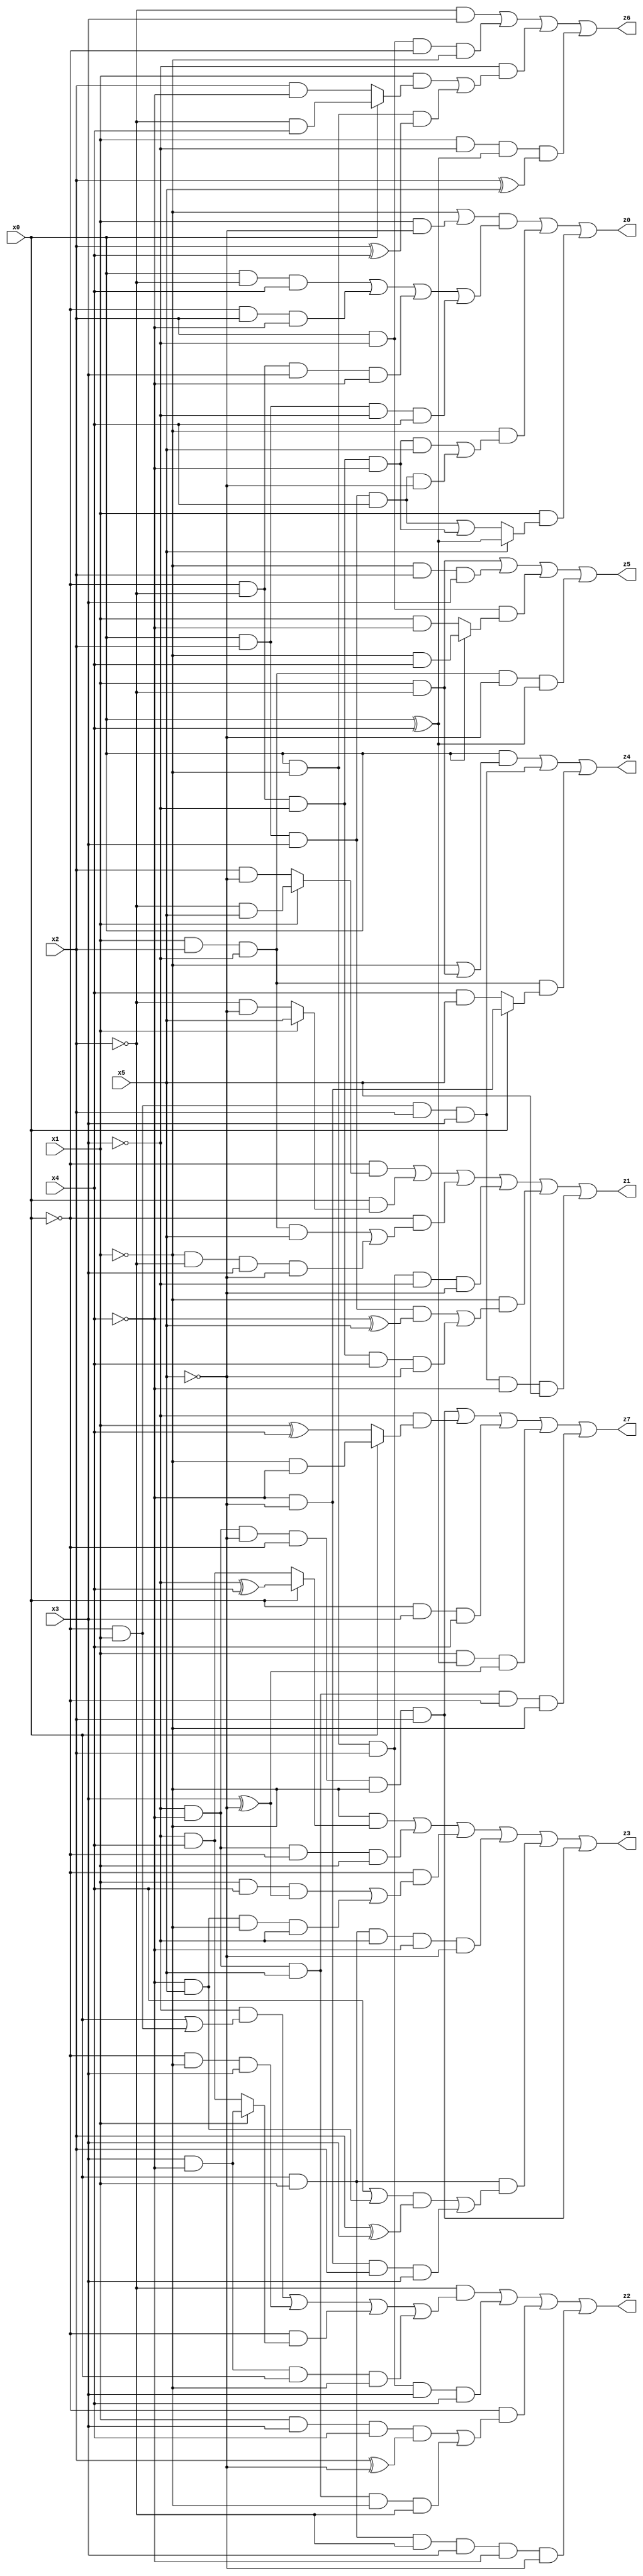
// Benchmark "X_4" written by ABC on Wed Jun 07 00:40:47 2023

module X_4 ( 
    x0, x1, x2, x3, x4, x5,
    z0, z1, z2, z3, z4, z5, z6, z7  );
  input  x0, x1, x2, x3, x4, x5;
  output z0, z1, z2, z3, z4, z5, z6, z7;
  assign z0 = ((~x1 | (x1 & ~x5)) & ((x0 & ~x2 & x4) | (~x0 & x2 & ~x4) | (~x0 & ~x2 & x3 & ~x4) | (x0 & x2 & ~x3 & x4))) | (~x1 & ((~x0 & ~x2 & ~x3 & ~x4 & x5) | (x0 & x2 & x3 & x4 & ~x5))) | (x1 & (x5 ? (x0 ^ x4) : ((x0 & x2 & x3 & x4) | (~x0 & ~x2 & ~x3 & ~x4))));
  assign z1 = (~x0 & (x1 ? (~x2 & x5) : (x2 & ~x5))) | (x0 & (x1 ? x5 : (~x2 & ~x5))) | (~x0 & ((x1 & x2 & ~x3 & x5) | (~x1 & ~x2 & x3 & ~x5))) | (x0 & ~x1 & x2 & ~x3 & ~x5) | (~x1 & ((x0 & x2 & x3 & (~x4 ^ x5)) | (~x0 & ~x2 & ~x3 & x4 & ~x5))) | (~x0 & x1 & x2 & x3 & ~x4 & x5);
  assign z2 = (~x2 & ((~x3 & (x0 | (~x0 & x1))) | (~x0 & ~x1 & x3) | (~x0 & (x1 ? (x3 & ~x4) : (~x3 & x4))) | (x3 & ~x4 & x0 & ~x1))) | (x0 & ~x1 & x2 & x3 & x4) | (~x0 & ((x1 & x3 & x4 & (x2 ^ ~x5)) | (~x3 & ~x4 & x5 & ~x1 & ~x2))) | (x0 & x1 & ~x2 & x3 & ~x4 & ~x5);
  assign z3 = (~x1 & (x0 ? (~x3 ^ x4) : (~x3 & x4))) | (~x3 & ~x4 & ~x0 & x1) | (~x0 & ((x1 & x4 & (x3 ^ ~x5)) | (~x4 & x5 & ~x1 & ~x3))) | (x0 & x1 & ~x3 & ~x4 & ~x5) | (x0 & x1 & (((x4 | (~x4 & x5)) & (x2 ^ x3)) | (~x4 & ~x5 & x2 & x3))) | (~x3 & ~x4 & ~x5 & ~x0 & ~x1 & x2);
  assign z4 = (x0 & (~x1 | (x1 & ~x2))) | (~x0 & x1 & x2 & x3) | (x1 & x2 & ~x3 & (x0 ? (~x4 & ~x5) : (x4 & x5)));
  assign z5 = (x1 & ~x2) | (~x1 & x2 & x3) | (x2 & ~x3 & (x0 ? (~x1 & x4) : (x1 & ~x4))) | (x1 & x2 & ~x3 & ~x5 & (x0 ^ x4));
  assign z6 = (~x2 & x3) | (x2 & ~x3 & ~x0 & ~x1) | (~x3 & ((x1 & (x0 ? (~x2 & x4) : (x2 & ~x4))) | (x0 & ~x1 & (x2 ^ x4)))) | (x1 & ~x3 & (x0 ^ x4) & (x2 ^ x5));
  assign z7 = (~x3 & ~x4 & ~x5 & ~x0 & ~x1 & x2) | (~x3 & (x0 ? (~x1 & ~x4) : (x1 ^ x4))) | (x0 & x3 & x4) | (x1 & (x0 ^ x4) & (x3 ^ ~x5)) | (~x3 & ~x4 & x5 & ~x0 & ~x1);
endmodule